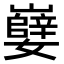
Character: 𫲖